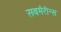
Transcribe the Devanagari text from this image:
सबमैरीन्स